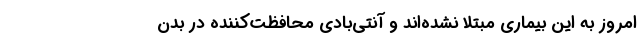
امروز به این بیماری مبتلا نشده‌اند و آنتی‌بادی محافظت‌کننده در بدن